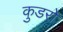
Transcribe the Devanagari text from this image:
कुडरो